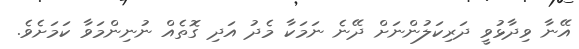
އޭނާ ވިދާޅުވީ ދަރިކަލުންނަަށް ދޭނެ ނަމަކާ މެދު އަދި ގޮތެއް ނުނިންމަވާ ކަމަށެވެ.